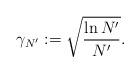
LaTeX: \begin{align*}\gamma_{N'}:=\sqrt{\frac{\ln N'}{N'}}.\end{align*}